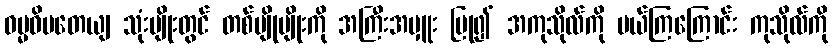
ဓမ္မဓိပတေယျ သုံးမျိုးတွင် တစ်မျိုမျိုးကို အကြီးအမှူး ပြု၍ အကုသိုလ်ကို ပယ်ကြကြောင်း ကုသိုလ်ကို